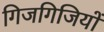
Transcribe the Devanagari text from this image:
गिजगिजियों